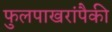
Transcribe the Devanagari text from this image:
फुलपाखरांपैकी